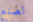
لصنع